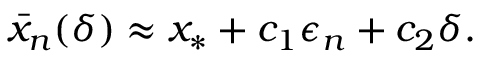
\begin{array} { r } { \bar { x } _ { n } ( \delta ) \approx x _ { * } + c _ { 1 } \epsilon _ { n } + c _ { 2 } \delta . } \end{array}